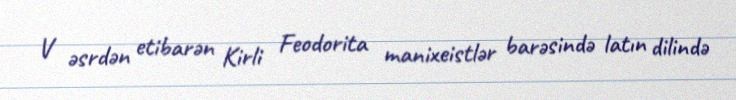
V əsrdən etibarən Kirli Feodorita manixeistlər barəsində latın dilində